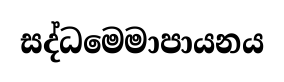
සද්ධමෙමාපායනය